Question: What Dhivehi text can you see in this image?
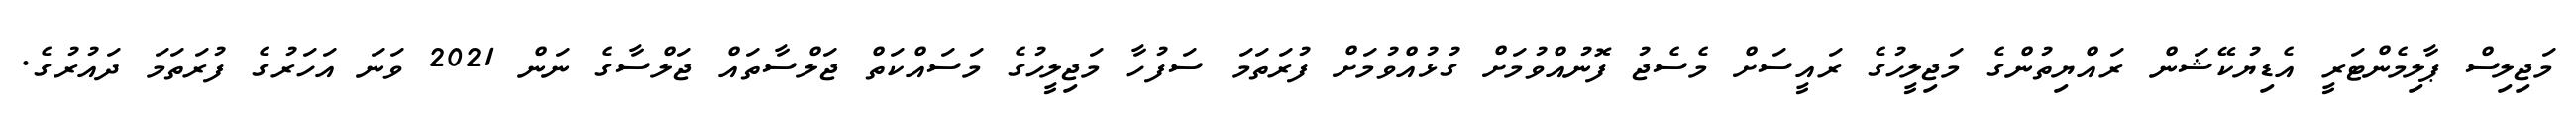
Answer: މަޖިލިސް ޕާލިމެންޓަރީ އެޑިޔުކޭޝަން ރައްޔިތުންގެ މަޖިލީހުގެ ރައީސަށް މެސެޖު ފޮނުއްވުމަށް ގުޅުއްވުމަށް ފުރަތަމަ ސަފުހާ މަޖިލީހުގެ މަސައްކަތް ޖަލްސާތައް ޖަލްސާގެ ނަން 2021 ވަނަ އަހަރުގެ ފުރަތަމަ ދައުރުގެ.